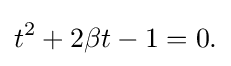
t^{2}+2\beta t-1=0.\,\!